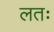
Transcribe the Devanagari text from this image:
लतः